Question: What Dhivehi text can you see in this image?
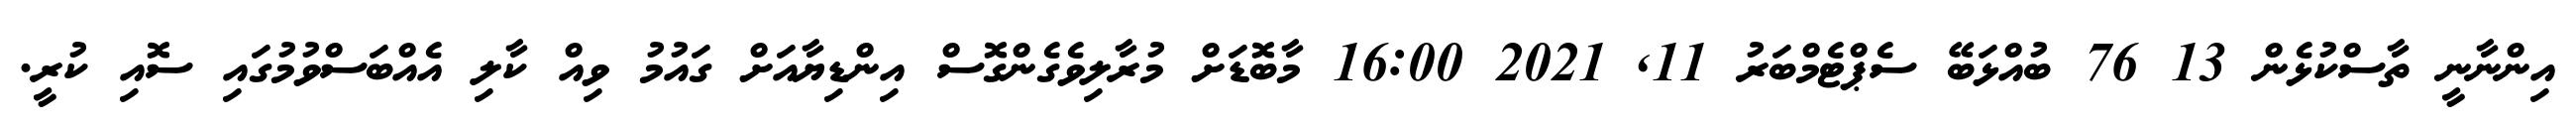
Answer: އިންނާނީ ތާސްކުޅެން 13 76 ބުއްޅަބޭ ސެޕްޓެމްބަރު 11, 2021 16:00 މާބޮޑަށް މުރާލިވެގެންގޮސް އިންޑިޔާއަށް ގައުމު ވިއް ކާލި އެއްބަސްވުމުގައި ސޮއި ކުރީ.